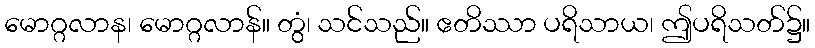
မောဂ္ဂလာန၊ မောဂ္ဂလာန်။ တွံ၊ သင်သည်။ ဧတိဿာ ပရိသာယ၊ ဤပရိသတ်၌။